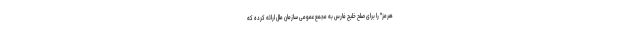
هرمز" را برای صلح خلیج فارس به مجمع عمومی سازمان ملل ارائه کرده که